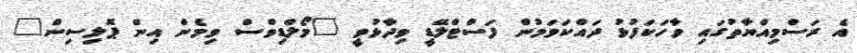
އެ ރަސްމިއްޔާތުގައި ވާހަކަފުޅު ދައްކަވަމުން ފަސްޓްލޭޑީ ވިދާޅުވީ "މޯލްޑިވްސް ވިމެން އިން ޕޮލިސިން"